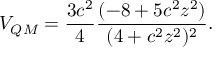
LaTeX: V _ { Q M } = \frac { 3 c ^ { 2 } } { 4 } \frac { ( - 8 + 5 c ^ { 2 } z ^ { 2 } ) } { ( 4 + c ^ { 2 } z ^ { 2 } ) ^ { 2 } } .